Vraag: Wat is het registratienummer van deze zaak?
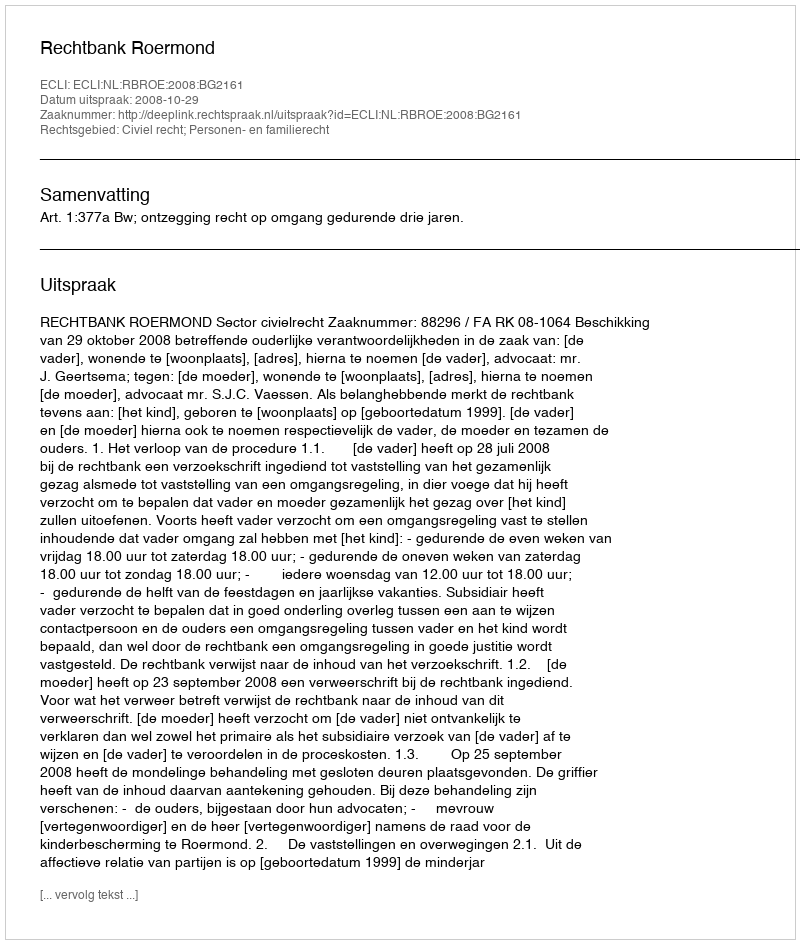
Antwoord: http://deeplink.rechtspraak.nl/uitspraak?id=ECLI:NL:RBROE:2008:BG2161